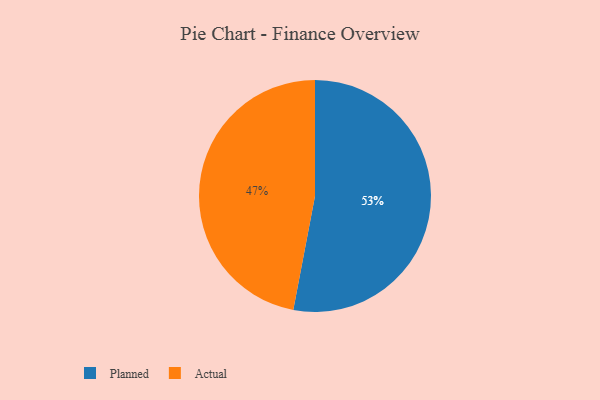
{"axis": {"x": "Category", "y": "Percentage"}, "legend": ["Actual", "Planned"], "data": [{"x": "Actual", "y": 47, "type": "Actual"}, {"x": "Planned", "y": 53, "type": "Planned"}]}